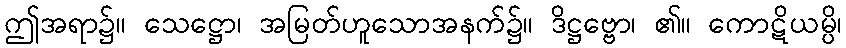
ဤအရာ၌။ သေဋ္ဌော၊ အမြတ်ဟူသောအနက်၌။ ဒိဋ္ဌဗ္ဗော၊ ၏။ ကောဋိယမ္ပိ၊